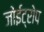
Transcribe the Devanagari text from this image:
जोईट्रोप